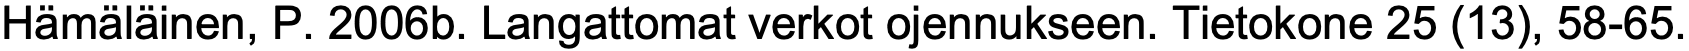
Hämäläinen, P. 2006b. Langattomat verkot ojennukseen. Tietokone 25 (13), 58-65.